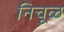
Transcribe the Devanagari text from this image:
निचूळ